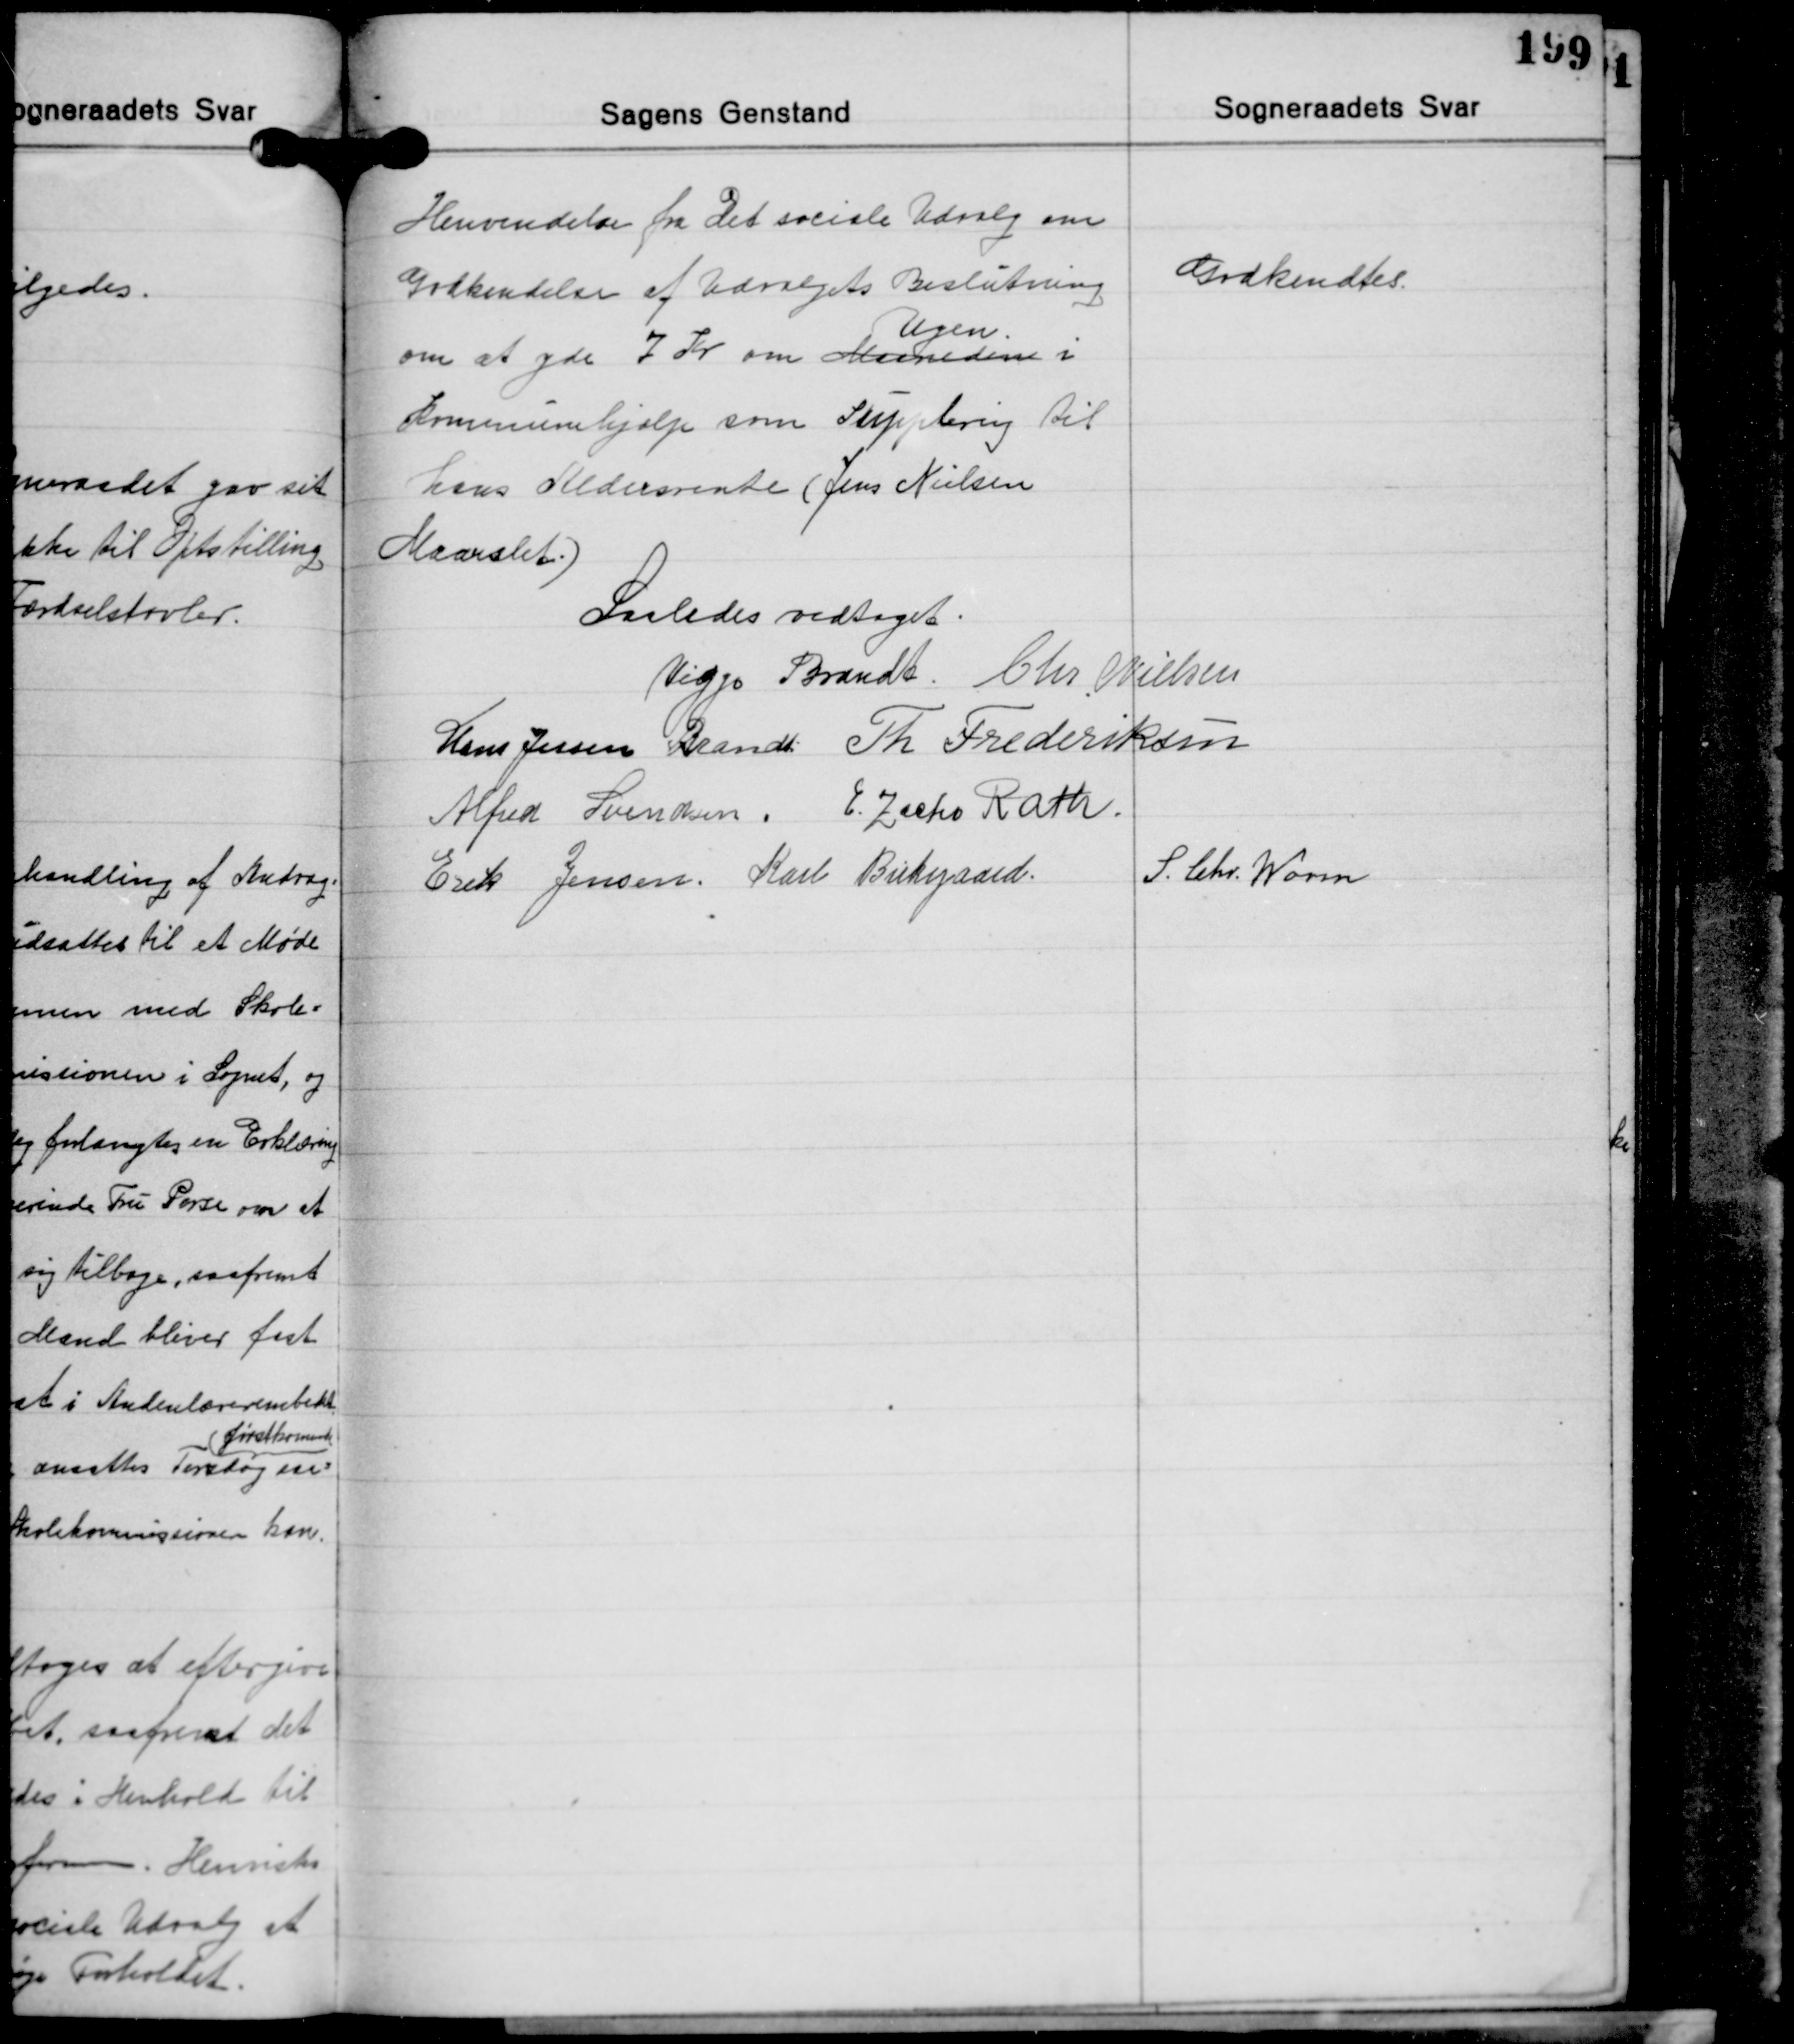
Transskription:
Henvendelse fra det sociale Udvalg om
Godkendelse af Udvalgets Beslutning
Ugen
om at yde 7 Kr. om Maaneden i
Kommunehjælp som Supplering til
hans Aldersrente (Jens Nielsen
Maarslet.)

Godkendtes.

Saaledes vedtaget.
Viggo Brandt Chr. Nielsen
Hans Jessen Brandt Th. Frederiksen
Alfred Svendsen E. Zacho Rath
S. Chr. Worm
Erik Jensen Karl Birkegaard